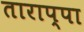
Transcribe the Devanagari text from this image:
ताराप्पा